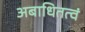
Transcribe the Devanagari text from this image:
अबाधितत्वं